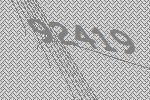
92419